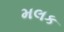
મલક